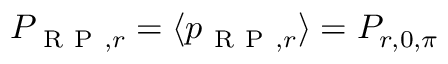
P _ { \mathrm { ~ R ~ P ~ } , r } = \langle p _ { \mathrm { ~ R ~ P ~ } , r } \rangle = P _ { r , 0 , \pi }